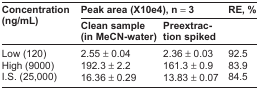
| <ROWSPAN=3> Concentration (ng/mL) | <COLSPAN=2> Peak area (X10e4), n = 3 | RE, % |
 | Clean sample (in MeCN-water) | Preextraction spiked |  |
 | --- | --- | --- | --- |
 | Low (120) | 2.55 ± 0.04 | 2.36 ± 0.03 | 92.5 |
 | High (9000) | 192.3 ± 2.2 | 161.3 ± 0.9 | 83.9 |
 | I.S. (25,000) | 16.36 ± 0.29 | 13.83 ± 0.07 | 84.5 |